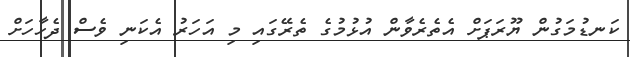
ކަނޑުމަގުން ޔޫރަޕަށް އެތެރެވާން އުޅުމުގެ ތެރޭގައި މި އަހަރު އެކަނި ވެސް ދެހާހަށް